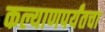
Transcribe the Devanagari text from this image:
कल्याणपर्यंतचा